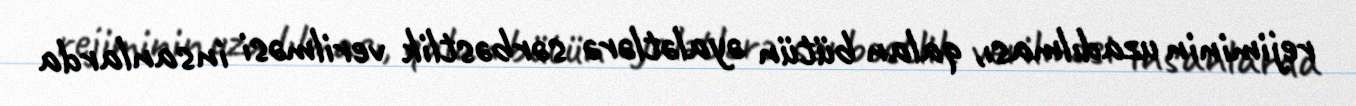
rejiminin uzadılması, qalan bütün əyalətlərə sərbəstlik verilməsi insanlarda